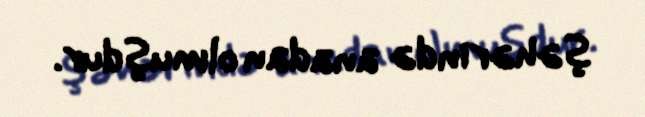
şəhərində anadan olmuşdur.